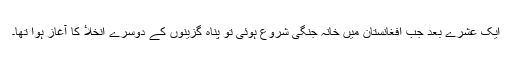
ایک عشرے بعد جب افغانستان میں خانہ جنگی شروع ہوئی تو پناہ گزینوں کے دوسرے انخلاٴ کا آغاز ہوا تھا۔